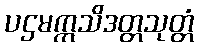
ပဌမဣသိဒတ္တသုတ္တံ